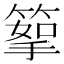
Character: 𥰪